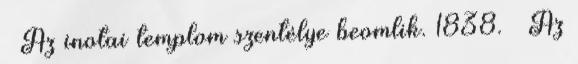
– Az inotai templom szentélye beomlik. 1838. – Az